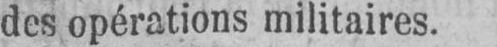
des opérations militaires.